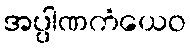
အပ္ပါဏကံယေဝ